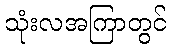
သုံးလအကြာတွင်